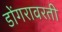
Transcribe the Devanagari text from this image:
डोंगरावरती